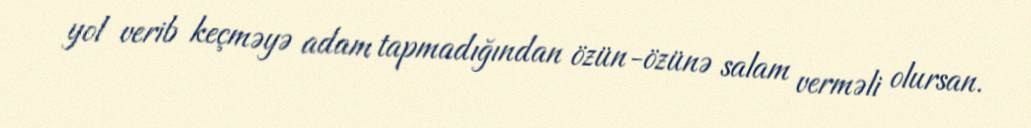
yol verib keçməyə adam tapmadığından özün-özünə salam verməli olursan.